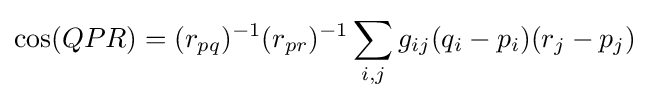
\cos(QPR)=(r_{pq})^{-1}(r_{pr})^{-1}\sum _{i,j}g_{ij}(q_{i}-p_{i})(r_{j}-p_{j})